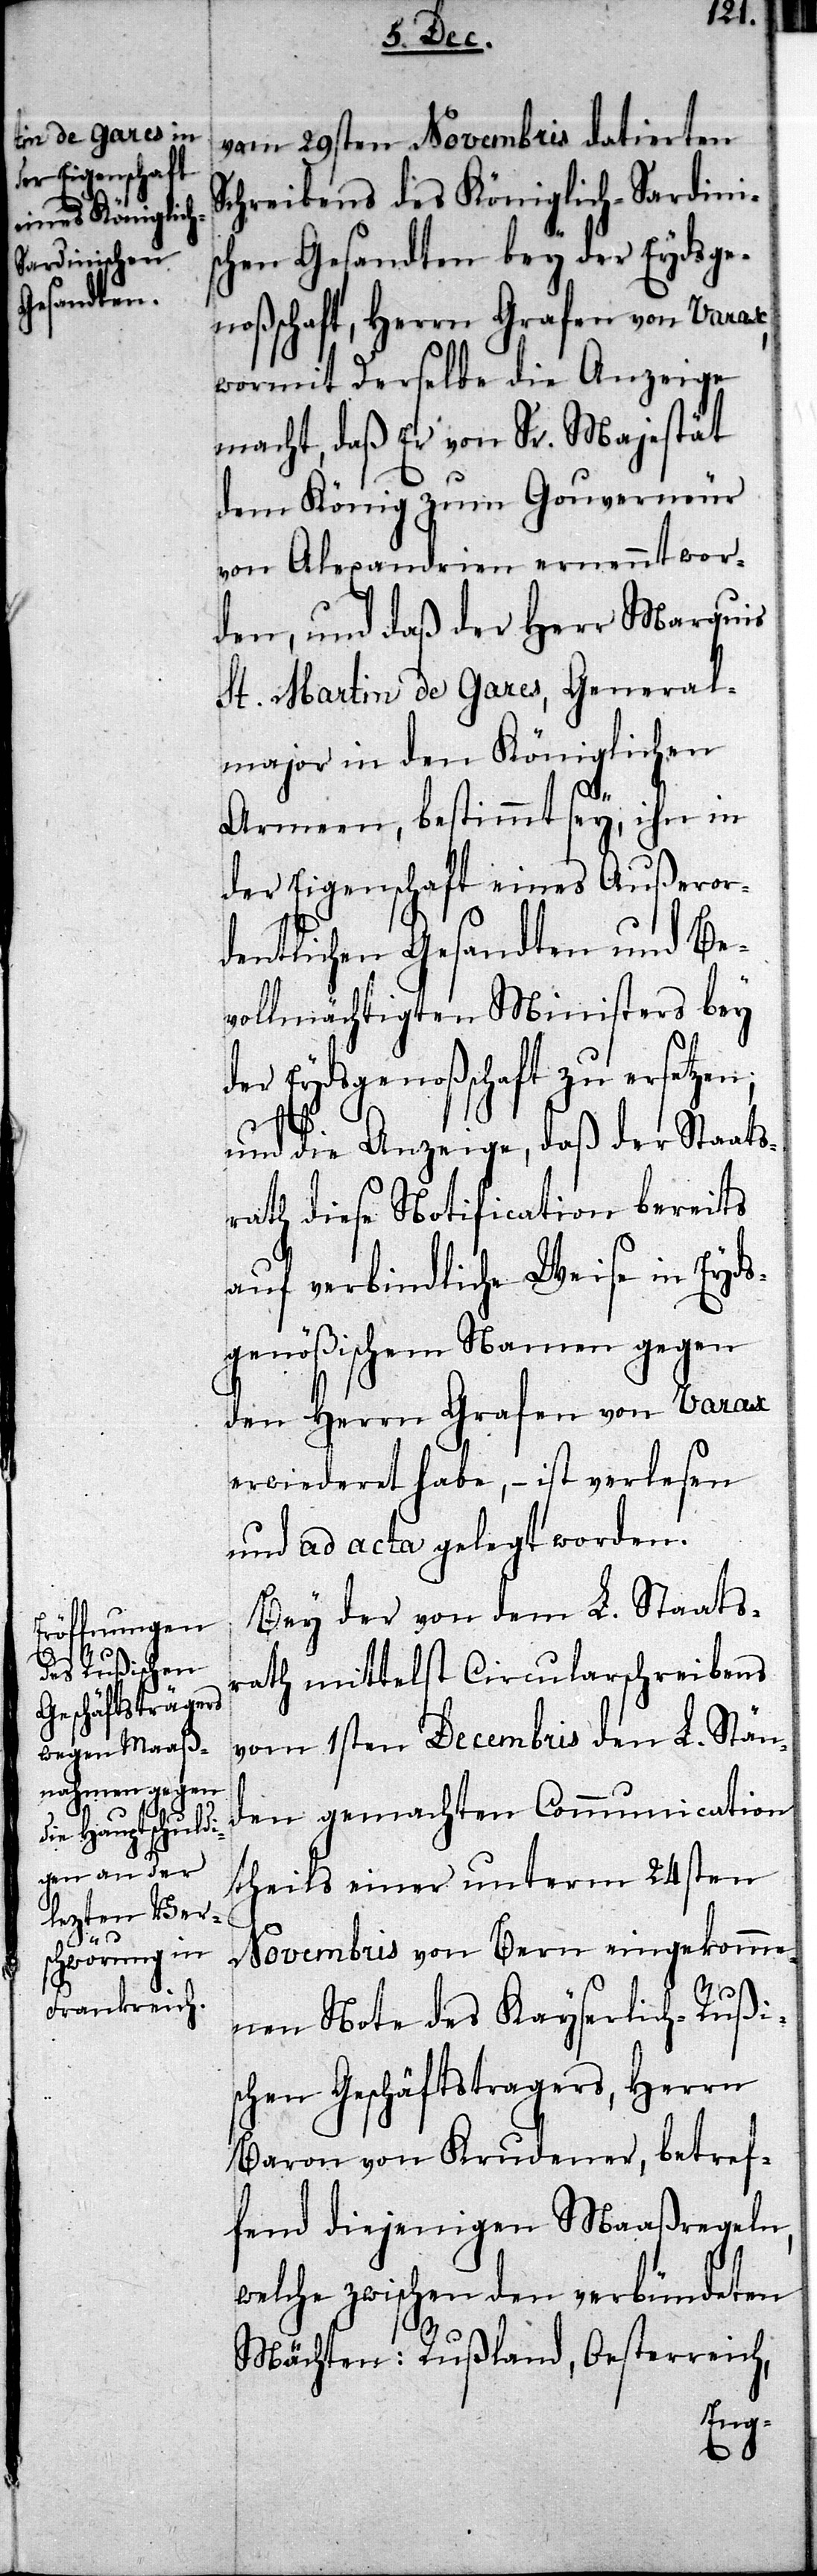
vom 29sten Novembris datierten
Schreibens des Königlich-Sardinis¬
chen Gesandten bey der Eydsge¬
noßschaft, Herrn Grafen von Varax,
wormit Derselbe die Anzeige
macht, daß Er von Sr. Majestät
dem König zum Gouverneur
von Alexandrien ernennt wor¬
den, und daß der Herr Marquis
St. Martin de Gares, General¬
major in den Königlichen
Armeen, bestimmt sey, ihn in
der Eigenschaft eines Außeror¬
dentlichen Gesandten und Be¬
vollmächtigten Ministers bey
der Eydsgenoßschaft zu ersetzen;
und die Anzeige, daß der Staats¬
rath diese Notification bereits
auf verbindliche Weise in Eyds¬
genößischem Namen gegen
den Herrn Grafen von Varax
erwiederet habe, – ist verlesen
und ad acta gelegt worden.
Bey der von dem L. Staats¬
rath mittelst Circularschreibens
vom 1sten Decembris den L. Ständ¬
en gemachten Communication
theils einer unterm 24sten
Novembris von Bern eingekomme¬
nen Note des Kayserlich-Rußis¬
chen Geschäftstragers, Herrn
Baron von Krudener, betref¬
fend diejenigen Maaßregeln,
welche zwischen den verbündeten
Mächten: Rußland, Oesterreich,